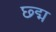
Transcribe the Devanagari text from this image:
छ्द्म